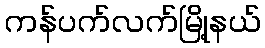
ကန်ပက်လက်မြို့နယ်